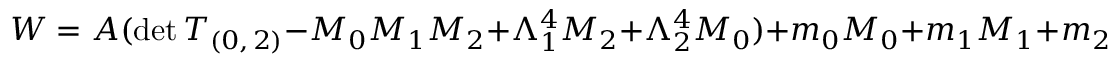
W = A ( \mathrm { d e t } \, T _ { ( 0 , \, 2 ) } - M _ { 0 } M _ { 1 } M _ { 2 } + \Lambda _ { 1 } ^ { 4 } M _ { 2 } + \Lambda _ { 2 } ^ { 4 } M _ { 0 } ) + m _ { 0 } M _ { 0 } + m _ { 1 } M _ { 1 } + m _ { 2 } M _ { 2 }